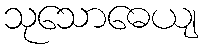
သုသောဓေယျ